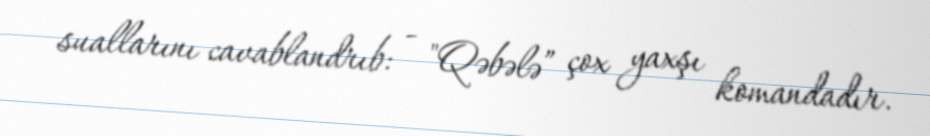
suallarını cavablandrıb: - "Qəbələ” çox yaxşı komandadır.